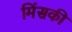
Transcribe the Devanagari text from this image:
मिंसकी